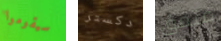
سيقوموا دكستر متفق